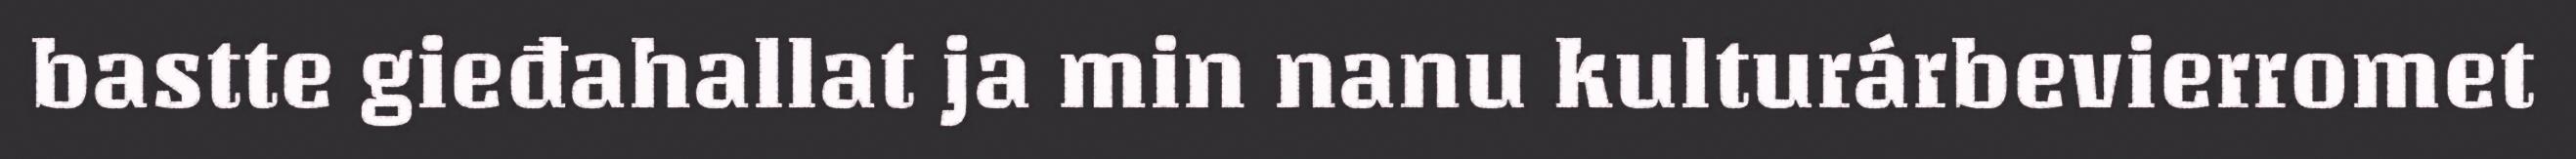
bastte gieđahallat ja min nanu kulturárbevierromet